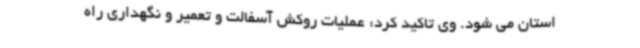
استان می شود. وی تاکید کرد: عملیات روکش آسفالت و تعمیر و نگهداری راه